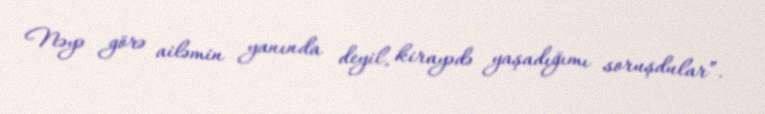
Nəyə görə ailəmin yanında deyil, kirayədə yaşadığımı soruşdular”.